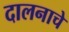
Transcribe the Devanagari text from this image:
दालनाचे